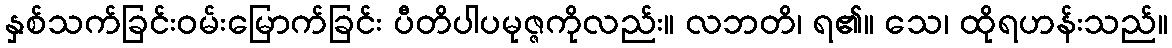
နှစ်သက်ခြင်းဝမ်းမြောက်ခြင်း ပီတိပါပမုဇ္ဇကိုလည်း။ လဘတိ၊ ရ၏။ သေ၊ ထိုရဟန်းသည်။